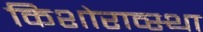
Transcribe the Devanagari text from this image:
किशोराव्स्था